Report on sanitation, dispensaries, and jails in Rajputana for 1912, and on vaccination for the year 1912-1913 - 1912-1913
Year: 1912
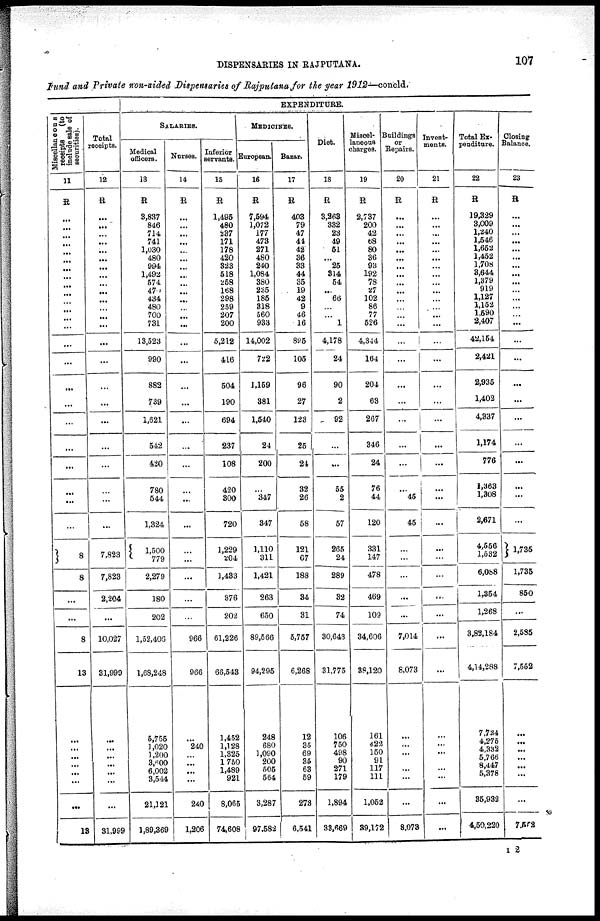
DISPENSARIES IN RAJPUTANA.
107
Fund and Private non-aided Dispensaries of Rajputana for the year 1912—concld.
Miscellaneous
receipts
(to
include sale of
securities).
11
R
...
...
...
...
...
...
...
...
...
...
...
...
...
...
...
...
...
...
...
...
...
...
...
...
8
8
...
...
8
13
...
...
...
...
...
...
...
13
Total
receipts.
12
R
...
...
...
...
...
...
...
...
...
...
...
...
...
...
...
...
...
...
...
...
...
...
...
...
7,823
7,823
2,204
...
10,027
31,999
...
...
...
...
...
...
...
31,999
EXPENDITURE.
SALARIES.
Medical
officers.
13
R
3,837
846
714
741
1,030
480
994
1,492
574
470
434
480
700
731
13,523
990
882
739
1,621
542
420
780
544
1,324
1,500
779
2,279
180
202
1,52,406
1,68,248
5,755
1,020
1,200
8,600
6,002
3,544
21,121
1,89,369
Nurses.
14
R
...
...
...
...
...
...
...
...
...
...
...
...
...
...
...
...
...
...
...
...
...
...
...
...
...
...
...
...
...
966
966
...
240
...
...
...
...
240
1,206
Inferior
servants.
15
R
1,495
480
237
171
178
420
323
518
258
168
298
259
207
200
5,212
416
504
190
694
237
108
420
300
720
1,229
204
1,483
376
202
61,226
66,543
1,452
1,128
1,825
1,750
1,489
921
8,065
74,608
MEDICINES.
European.
16
R
7,594
1,072
177
473
271
480
240
1,084
380
235
185
318
560
933
14,002
722
1,159
381
1,540
24
200
...
347
347
1,110
311
1,421
263
650
89,566
94,295
248
680
1,090
200
505
564
3,287
97,582
Bazar.
17
R
403
79
47
44
42
36
33
44
35
19
42
9
46
16
895
105
96
27
123
25
24
32
26
58
121
67
188
34
31
5,757
6,268
12
35
69
35
63
59
273
6,541
Diet.
18
R
3,263
332
23
49
51
...
25
314
54
...
66
...
...
1
4,178
24
90
2
92
...
...
55
2
57
265
24
289
32
74
30,643
31,775
106
750
498
90
271
179
1,894
33,669
Miscel-
laneous
charges.
19
R
2,737
200
42
68
80
36
93
192
78
27
102
86
77
526
4,344
164
204
63
267
346
24
76
44
120
331
147
478
469
109
34,606
38,120
161
422
150
91
117
111
1,052
39,172
Buildings
or
Repairs.
20
R
...
...
...
...
...
...
...
...
...
...
...
...
...
...
...
...
...
...
...
...
...
...
45
45
...
...
...
...
...
7,014
8,073
...
...
...
...
...
...
...
8,073
Invest-
ments.
21
R
...
...
...
...
...
...
...
...
...
...
... ...
...
...
...
...
...
...
...
...
...
...
...
...
...
...
...
...
...
...
...
...
...
...
...
...
...
...
...
Total Ex-
penditure.
22
R
19,329
3,009
1,240
1,546
1,652
1,452
1,708
3,644
1,879
919
1,127
1,152
1,590
2,407
42,154
2,421
2,935
1,402
4,337
1,174
776
1,363
1,308
2,671
4,556
1,532
6,088
1,354
1,268
3,82,184
4,14,288
7,734
4,275
4,332
5,766
8,447
5,378
35,932
4,50,220
Closing
Balance.
23
R
...
...
...
...
...
...
...
...
...
...
...
...
...
...
...
...
...
...
...
...
...
...
...
...
1,735
1,735
850
...
2,585
7,552
...
...
...
...
...
...
...
7,552
I 2